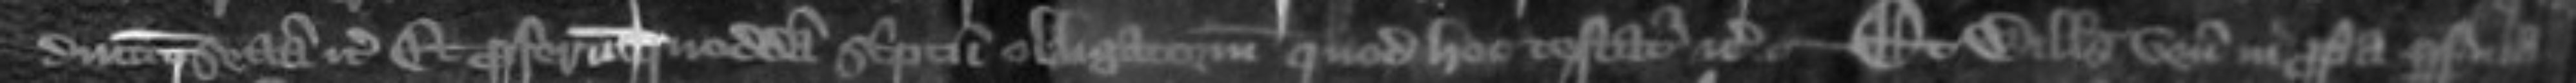
ducunt sectam etc et proferunt quoddam scriptum obligatorium quod hoc testatur etc --  Et Willelmus venit in propria persona